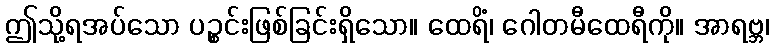
ဤသို့ရအပ်သော ပဉ္စင်းဖြစ်ခြင်းရှိသော။ ထေရိံ၊ ဂေါတမီထေရီကို။ အာရဗ္ဘ၊